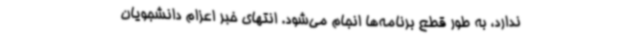
ندارد، به طور قطع برنامه‌ها انجام می‌شود. انتهای خبر اعزام دانشجویان